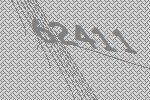
62411